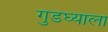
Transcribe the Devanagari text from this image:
गुडघ्याला